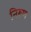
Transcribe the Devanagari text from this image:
निरूण